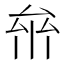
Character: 𠫸